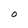
Character: O